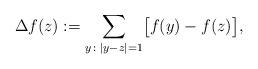
LaTeX: \begin{align*}\Delta f(z):= \sum_{y\colon|y-z|=1} \bigl[f(y)-f(z)\bigr],\end{align*}